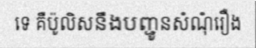
ទេ គឺប៉ូលិសនឹងបញ្ជូនសំណុំរឿង